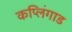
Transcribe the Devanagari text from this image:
कप्लिंगाड